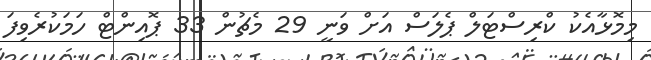
މިމޮޅާއެކު ކްރިސްޓަލް ޕެލަސް އަށް ވަނީ 29 މެޗުން 33 ޕޮއިންޓް ހަމަކުރެވިފަ